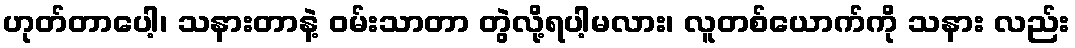
ဟုတ်တာပေါ့၊ သနားတာနဲ့ ဝမ်းသာတာ တွဲလို့ရပါ့မလား၊ လူတစ်ယောက်ကို သနား လည်း